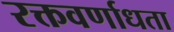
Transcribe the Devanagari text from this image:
रक्तवर्णाधता